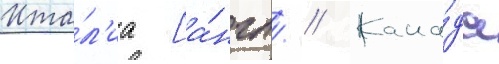
Ита́л'иа [а́нгл. // Кана́да